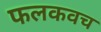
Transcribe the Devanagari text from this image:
फलकवच